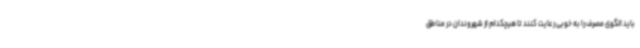
باید الگوی مصرف را به خوبی رعایت کنند تا هیچکدام از شهروندان در مناطق